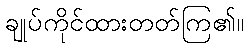
ချုပ်ကိုင်ထားတတ်ကြ၏။